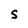
Character: S